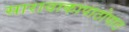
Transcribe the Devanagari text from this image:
सारावाकापाठोपाठ